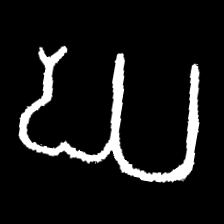
Pyu character \u2014 Myanmar letter: ဃ (romanized: gha)